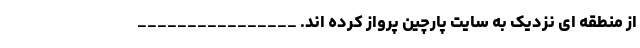
از منطقه ای نزدیک به سایت پارچین پرواز کرده اند. ________________